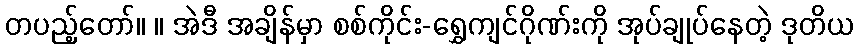
တပည့်တော်။ ။ အဲဒီ အချိန်မှာ စစ်ကိုင်း-ရွှေကျင်ဂိုဏ်းကို အုပ်ချုပ်နေတဲ့ ဒုတိယ